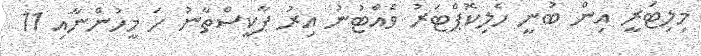
މިލިޓަރީ އިން ބުނީ ހެލިކޮޕްޓަރު ވެއްޓުނު އިރު ޕާކީސްތާނު ހަ މީހުންނާއި 11